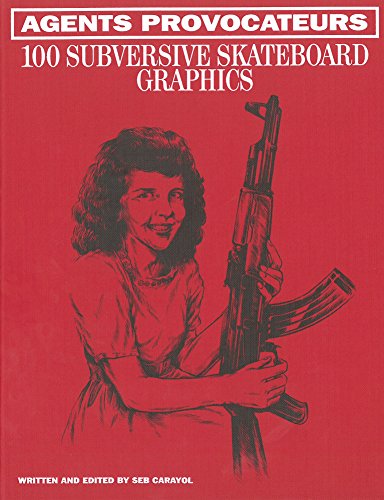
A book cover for Agents Provocateurs: 100 Subversive Skateboard Graphics; Sebastien Carayol; Sports & Outdoors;